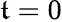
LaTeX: \mathfrak{t}=0